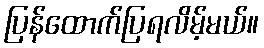
ပြန်ထောက်ပြရလိမ့်မယ်။